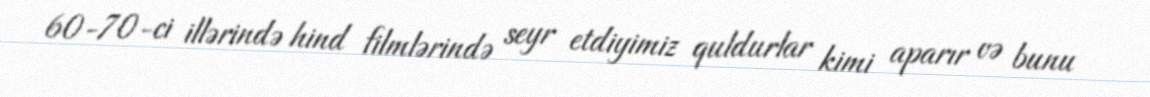
60-70-ci illərində hind filmlərində seyr etdiyimiz quldurlar kimi aparır və bunu